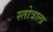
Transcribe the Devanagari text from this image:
स्तोत्राला